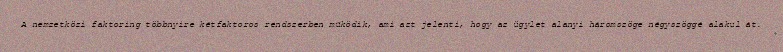
A nemzetközi faktoring többnyire kétfaktoros rendszerben működik, ami azt jelenti, hogy az ügylet alanyi háromszöge négyszöggé alakul át.